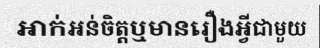
អាក់អន់ចិត្តឬមានរឿងអ្វីជាមួយ